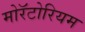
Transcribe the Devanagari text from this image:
मोरॅटोरियम